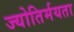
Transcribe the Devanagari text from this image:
ज्योतिर्मयता